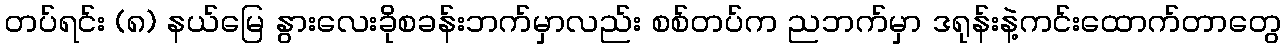
တပ်ရင်း (၈) နယ်မြေ နွားလေးခိုစခန်းဘက်မှာလည်း စစ်တပ်က ညဘက်မှာ ဒရုန်းနဲ့ကင်းထောက်တာတွေ